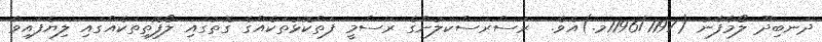
ދަނބިދޫ ލޯމާފާނު (1196/1197މ.)އެވެ.  ރަސްރަސްކަލުންގެ ރަސްމީ ފަތްކޮޅުތަކެއްގެ ގޮތުގައި ލޯފޮތިތަކެއްގައި ލިޔެފައިވާ